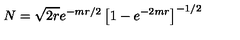
N = \sqrt { 2 r } e ^ { - m r / 2 } \left[ 1 - e ^ { - 2 m r } \right] ^ { - 1 / 2 }